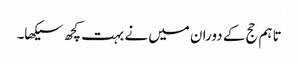
تاہم حج کے دوران میں نے بہت کچھ سیکھا۔